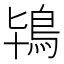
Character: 鴇